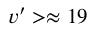
v ^ { \prime } > \approx 1 9